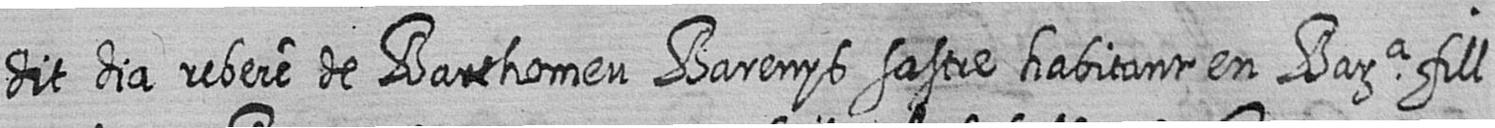
dit dia rebere de Barthomeu Barenys sastre habitant en Bara fill